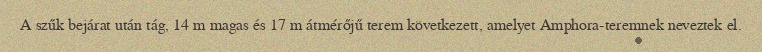
A szűk bejárat után tág, 14 m magas és 17 m átmérőjű terem következett, amelyet Amphora-teremnek neveztek el.